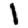
Digit: 1